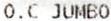
O.C JUMBO